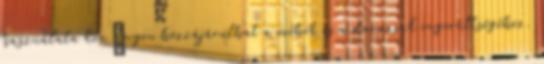
használata kön�nyen hozzájárulhat a méhek és a darazsak ingerültségéhez.